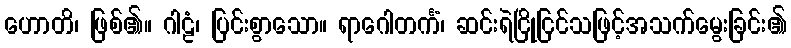
ဟောတိ၊ ဖြစ်၏။ ဂါဠံ၊ ပြင်းစွာသော။ ရာဂေါတင်္ကံ၊ ဆင်းရဲငြိုငြင်သဖြင့်အသက်မွေးခြင်း၏